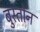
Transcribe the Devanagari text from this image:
बुस्तोन